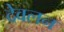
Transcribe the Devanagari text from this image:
देवलन